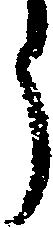
う